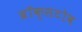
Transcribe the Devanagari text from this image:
ब्रॉक्सटोव